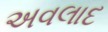
અવલાદ